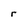
Character: r